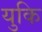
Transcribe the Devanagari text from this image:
युकि